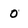
Character: 0